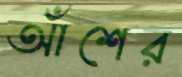
আঁশের